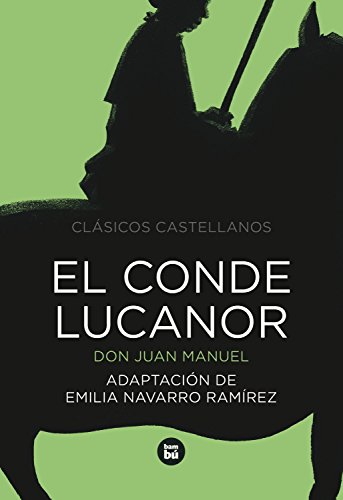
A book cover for El conde Lucanor (Letras mayÃºsculas. ClÃ¡sicos castellanos) (Spanish Edition); Don Juan Manuel; Teen & Young Adult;